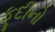
ફૂદીનો